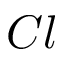
C l